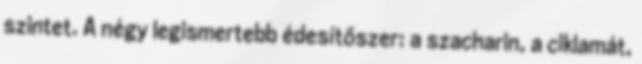
szintet. A négy legismertebb édesítőszer: a szacharin, a ciklamát,